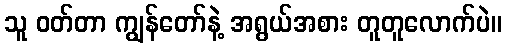
သူ ဝတ်တာ ကျွန်တော်နဲ့ အရွယ်အစား တူတူလောက်ပဲ။